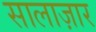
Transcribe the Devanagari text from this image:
सालाज़ार